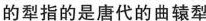
的犁的是唐代的曲辕犁